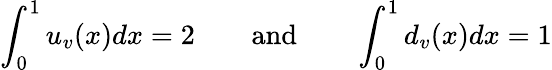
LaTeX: \int_{0}^{1}u_{v}(x)dx=2\qquad\mathrm{and}\qquad\int_{0}^{1}d_{v}(x)dx=1